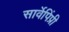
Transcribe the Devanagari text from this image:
सार्वेपिंप्री